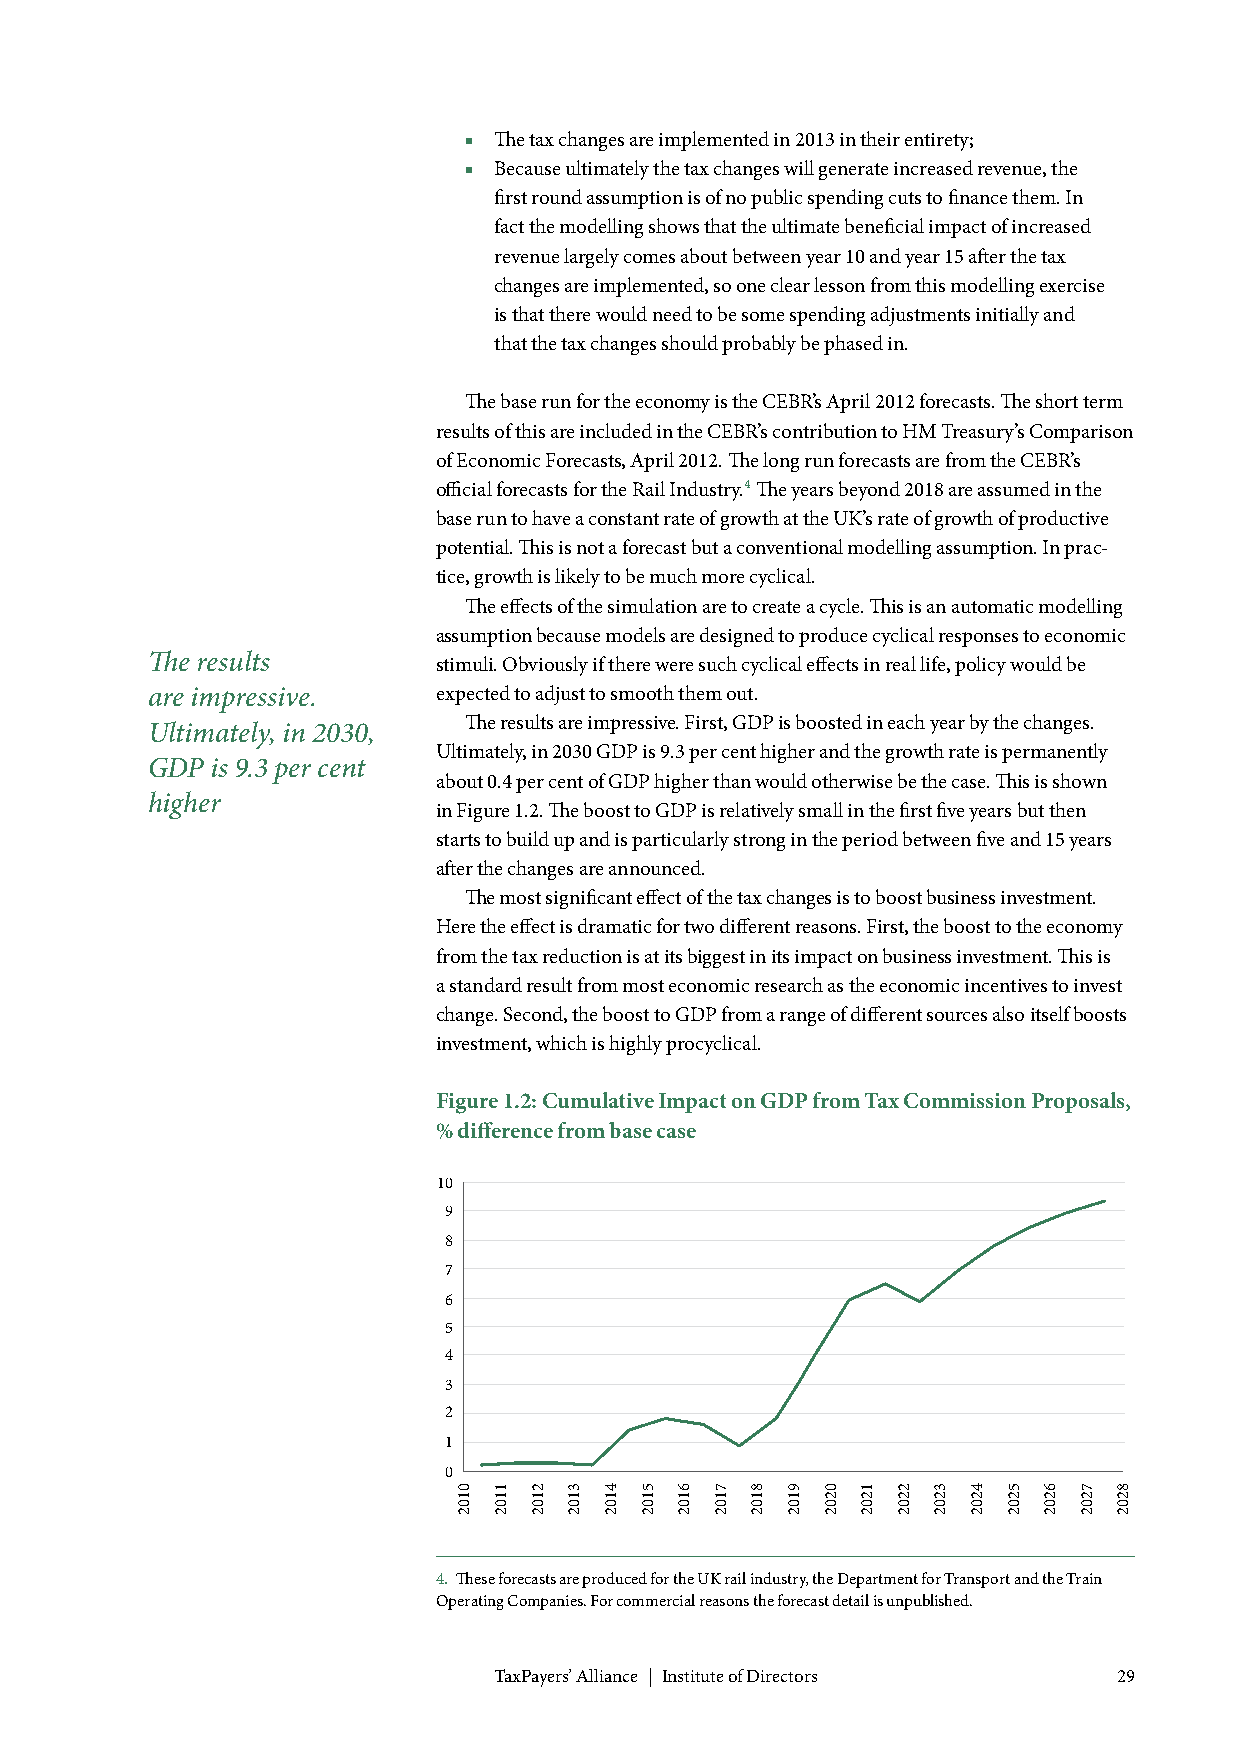
■ The tax changes are implemented in 2013 in their entirety;
 ■ Because ultimately the tax changes will generate increased revenue, the
 first round assumption is of no public spending cuts to finance them. In
 fact the modelling shows that the ultimate beneficial impact of increased
 revenue largely comes about between year 10 and year 15 after the tax
 changes are implemented, so one clear lesson from this modelling exercise
 is that there would need to be some spending adjustments initially and
 that the tax changes should probably be phased in.
 The base run for the economy is the CEBR’s April 2012 forecasts. The short term
 results of this are included in the CEBR’s contribution to HM Treasury’s Comparison
 of Economic Forecasts, April 2012. The long run forecasts are from the CEBR’s
 official forecasts for the Rail Industry.4 The years beyond 2018 are assumed in the
 base run to have a constant rate of growth at the UK’s rate of growth of productive
 potential. This is not a forecast but a conventional modelling assumption. In prac-
 tice, growth is likely to be much more cyclical.
 The effects of the simulation are to create a cycle. This is an automatic modelling
 assumption because models are designed to produce cyclical responses to economic
 The results        stimuli. Obviously if there were such cyclical effects in real life, policy would be
 are impressive.    expected to adjust to smooth them out.
 The results are impressive. First, GDP is boosted in each year by the changes.
 Ultimately, in 2030,
 Ultimately, in 2030 GDP is 9.3 per cent higher and the growth rate is permanently
 GDP is 9.3 per cent
 about 0.4 per cent of GDP higher than would otherwise be the case. This is shown
 higher
 in Figure 1.2. The boost to GDP is relatively small in the first five years but then
 starts to build up and is particularly strong in the period between five and 15 years
 after the changes are announced.
 The most significant effect of the tax changes is to boost business investment.
 Here the effect is dramatic for two different reasons. First, the boost to the economy
 from the tax reduction is at its biggest in its impact on business investment. This is
 a standard result from most economic research as the economic incentives to invest
 change. Second, the boost to GDP from a range of different sources also itself boosts
 investment, which is highly procyclical.
 Figure 1.2: Cumulative Impact on GDP from Tax Commission Proposals,
 % difference from base case
 10
 9
 8
 7
 6
 5
 4
 3
 2
 1
 0
 4. These forecasts are produced for the UK rail industry, the Department for Transport and the Train
 Operating Companies. For commercial reasons the forecast detail is unpublished.
 TaxPayers’ Alliance | Institute of Directors 29
 0102 1102 2102 3102 4102 5102 6102 7102 8102 9102 0202 1202 2202 3202 4202 5202 6202 7202 8202